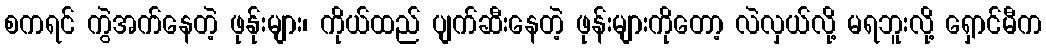
စကရင် ကွဲအက်နေတဲ့ ဖုန်ုးများ၊ ကိုယ်ထည် ပျက်ဆီးနေတဲ့ ဖုန်းများကိုတော့ လဲလှယ်လို့ မရဘူးလို့ ရှောင်မီက